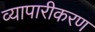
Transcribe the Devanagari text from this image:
व्‍यापारीकरण